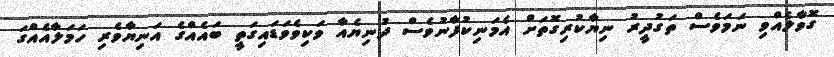
ގޮވާލެއްވި ނަމަވެސް ތަގުދީރު ނިޔާކުރިގޮތަށް އެމަނިކުފާނުވެސް ދުނިޔެއާ ވަކިވެވަޑައިގަތީ ބައެއްގެ އަނިޔާވެރި ހަމަލާއެއްގަ